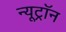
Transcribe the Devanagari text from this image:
न्यूट्राॅन